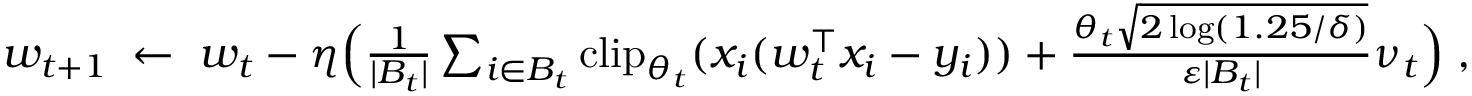
\begin{array} { r } { w _ { t + 1 } \; \gets \; w _ { t } - \eta \Big ( \frac { 1 } { | B _ { t } | } \sum _ { i \in B _ { t } } \mathrm { c l i p } _ { \theta _ { t } } ( x _ { i } ( w _ { t } ^ { \top } x _ { i } - y _ { i } ) ) + \frac { \theta _ { t } \sqrt { 2 \log ( 1 . 2 5 / \delta ) } } { \varepsilon | B _ { t } | } \nu _ { t } \Big ) \; , } \end{array}